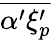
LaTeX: \overline{{\alpha^{\prime}\xi_{p}^{\prime}}}